Annual report on the working of the lock hospitals in the North-Western Provinces and Oudh
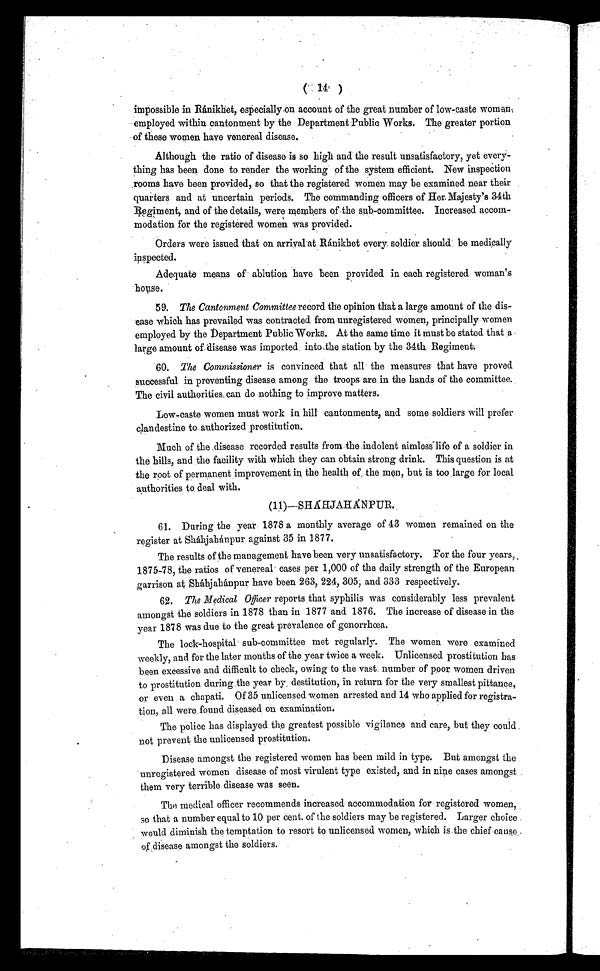
impossible in Ránikhet, especially on account of the great number of low-caste women;
employed within cantonment by the Department Public Works. The greater portion
of these women have venereal disease.
Although the ratio of disease is so high and the result unsatisfactory, yet every-
thing has been done to render the working of the system efficient. New inspection
,rooms have been provided, so that the registered women may be examined near their
quarters and at uncertain periods. The commanding officers of Her, Majesty's 34th
Regiment, and of the details, were members of the sub-committee. Increased accom-
modation for the registered women was provided.
Orders were issued that on arrival at Ránikhet every. soldier should be medically
inspected.
Adequate means of ablution have been provided in each registered woman's
house.
59. The Cantonment Committee record the opihion that a large amount of the dis-
ease which has prevailed was contracted from unregistered women, principally women
employed by the Department Public Works. At the same time it must be stated that .a
large amount of-disease was imported: into the station by the 34th. Regiment.
60. The Commissioner is convinced that all the measures that have proved
successful in preventing disease. among the troops are in the hands of the committee.
The civil authorities, can do nothing to improve matters.
Low-caste women must work in hill cantonments, and some .soldiers will prefer
clan destine to authorized prostitution.
Much of the .disease recorded results from the .indolent aimless life of a soldier in
the hills, and the facility with which they can obtain strong drink. This question is at
the root of permanent improvement in the health of the men, but is too large for local
authorities to deal with.
(11)—SHÁHJAHÁNPUR.
61. During the year 1878 a monthly average of 43 women remained on the
register at Sháhjahánpur against 35 in 1877.
The results of the management have been very unsatisfactory. For the four years, ,
1875-78, the ratios of venereal cases per 1,000 of the daily strength of the European
garrison at Shájahánpur have been 263, 224, 305; and 333 respectively.
62. The Medical Officer reports that syphilis was considerably less prevalent
amongst the soldiers in 1878 than in 1877 and 1876. The increase of disease in the
year 1878 was due to the great prevalence of gonorrhœa.
The lock-hospital sub-committee met regularly. The women were examined
weekly, and for the later months of the year twice a week. Unlicensed prostitution has
been excessive and difficult to check, owing to the vast_ number of poor women driven
to prostitution during the year by , destitution, in return for the very smallest pittance,
or even a chapati. Of 35 unlicensed women arrested and 14 who applied for registra-
tion, all were found diseased on examination.
The police has displayed the greatest possible vigilance and care, but they could ,
not prevent the unlicensed prostitution.
Disease amongst the registered women has been mild in type. But amongst the
unregistered women disease of most virulent typ.e existed, and in nine cases amongst .
them very terrible. disease was seen.
The medical officer recommends increased accommodation for registered women,
so that a number equal to 10 per cent. of the soldiers may be registered. Larger choice
would diminish the temptation to resort to unlicensed women, which is.the chief cause
of disease amongst the soldiers.